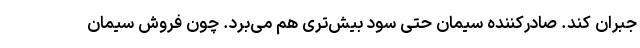
جبران کند. صادرکننده سیمان حتی سود بیش‌تری هم می‌برد. چون فروش سیمان